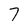
Character: 7